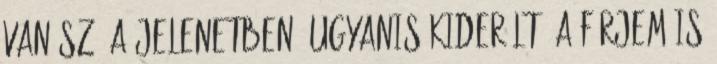
van szó a jelenetben, ugyanis kiderült, a férjem is